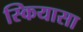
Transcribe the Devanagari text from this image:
स्कियासा